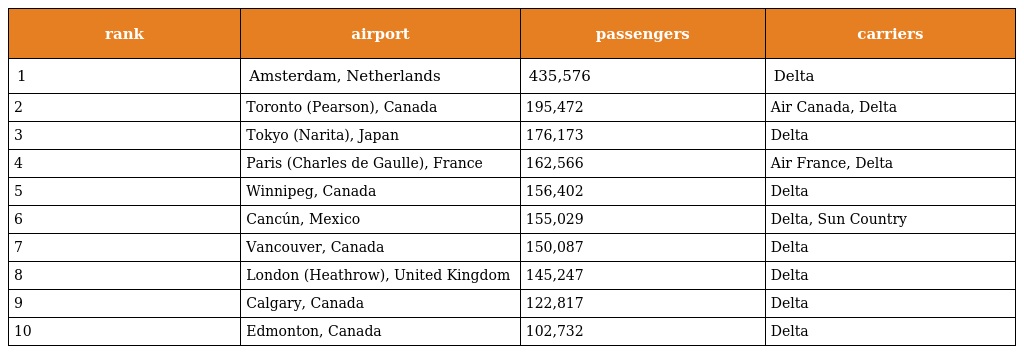
| rank | airport | passengers | carriers |
 | --- | --- | --- | --- |
 | 1 | Amsterdam, Netherlands | 435,576 | Delta |
 | 2 | Toronto (Pearson), Canada | 195,472 | Air Canada, Delta |
 | 3 | Tokyo (Narita), Japan | 176,173 | Delta |
 | 4 | Paris (Charles de Gaulle), France | 162,566 | Air France, Delta |
 | 5 | Winnipeg, Canada | 156,402 | Delta |
 | 6 | Cancún, Mexico | 155,029 | Delta, Sun Country |
 | 7 | Vancouver, Canada | 150,087 | Delta |
 | 8 | London (Heathrow), United Kingdom | 145,247 | Delta |
 | 9 | Calgary, Canada | 122,817 | Delta |
 | 10 | Edmonton, Canada | 102,732 | Delta |